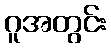
ဂူအတွင်း